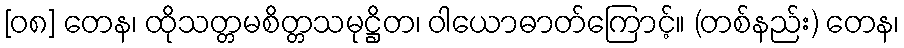
[၀၈] တေန၊ ထိုသတ္တမစိတ္တသမုဋ္ဌိတ၊ ဝါယောဓာတ်ကြောင့်။ (တစ်နည်း) တေန၊